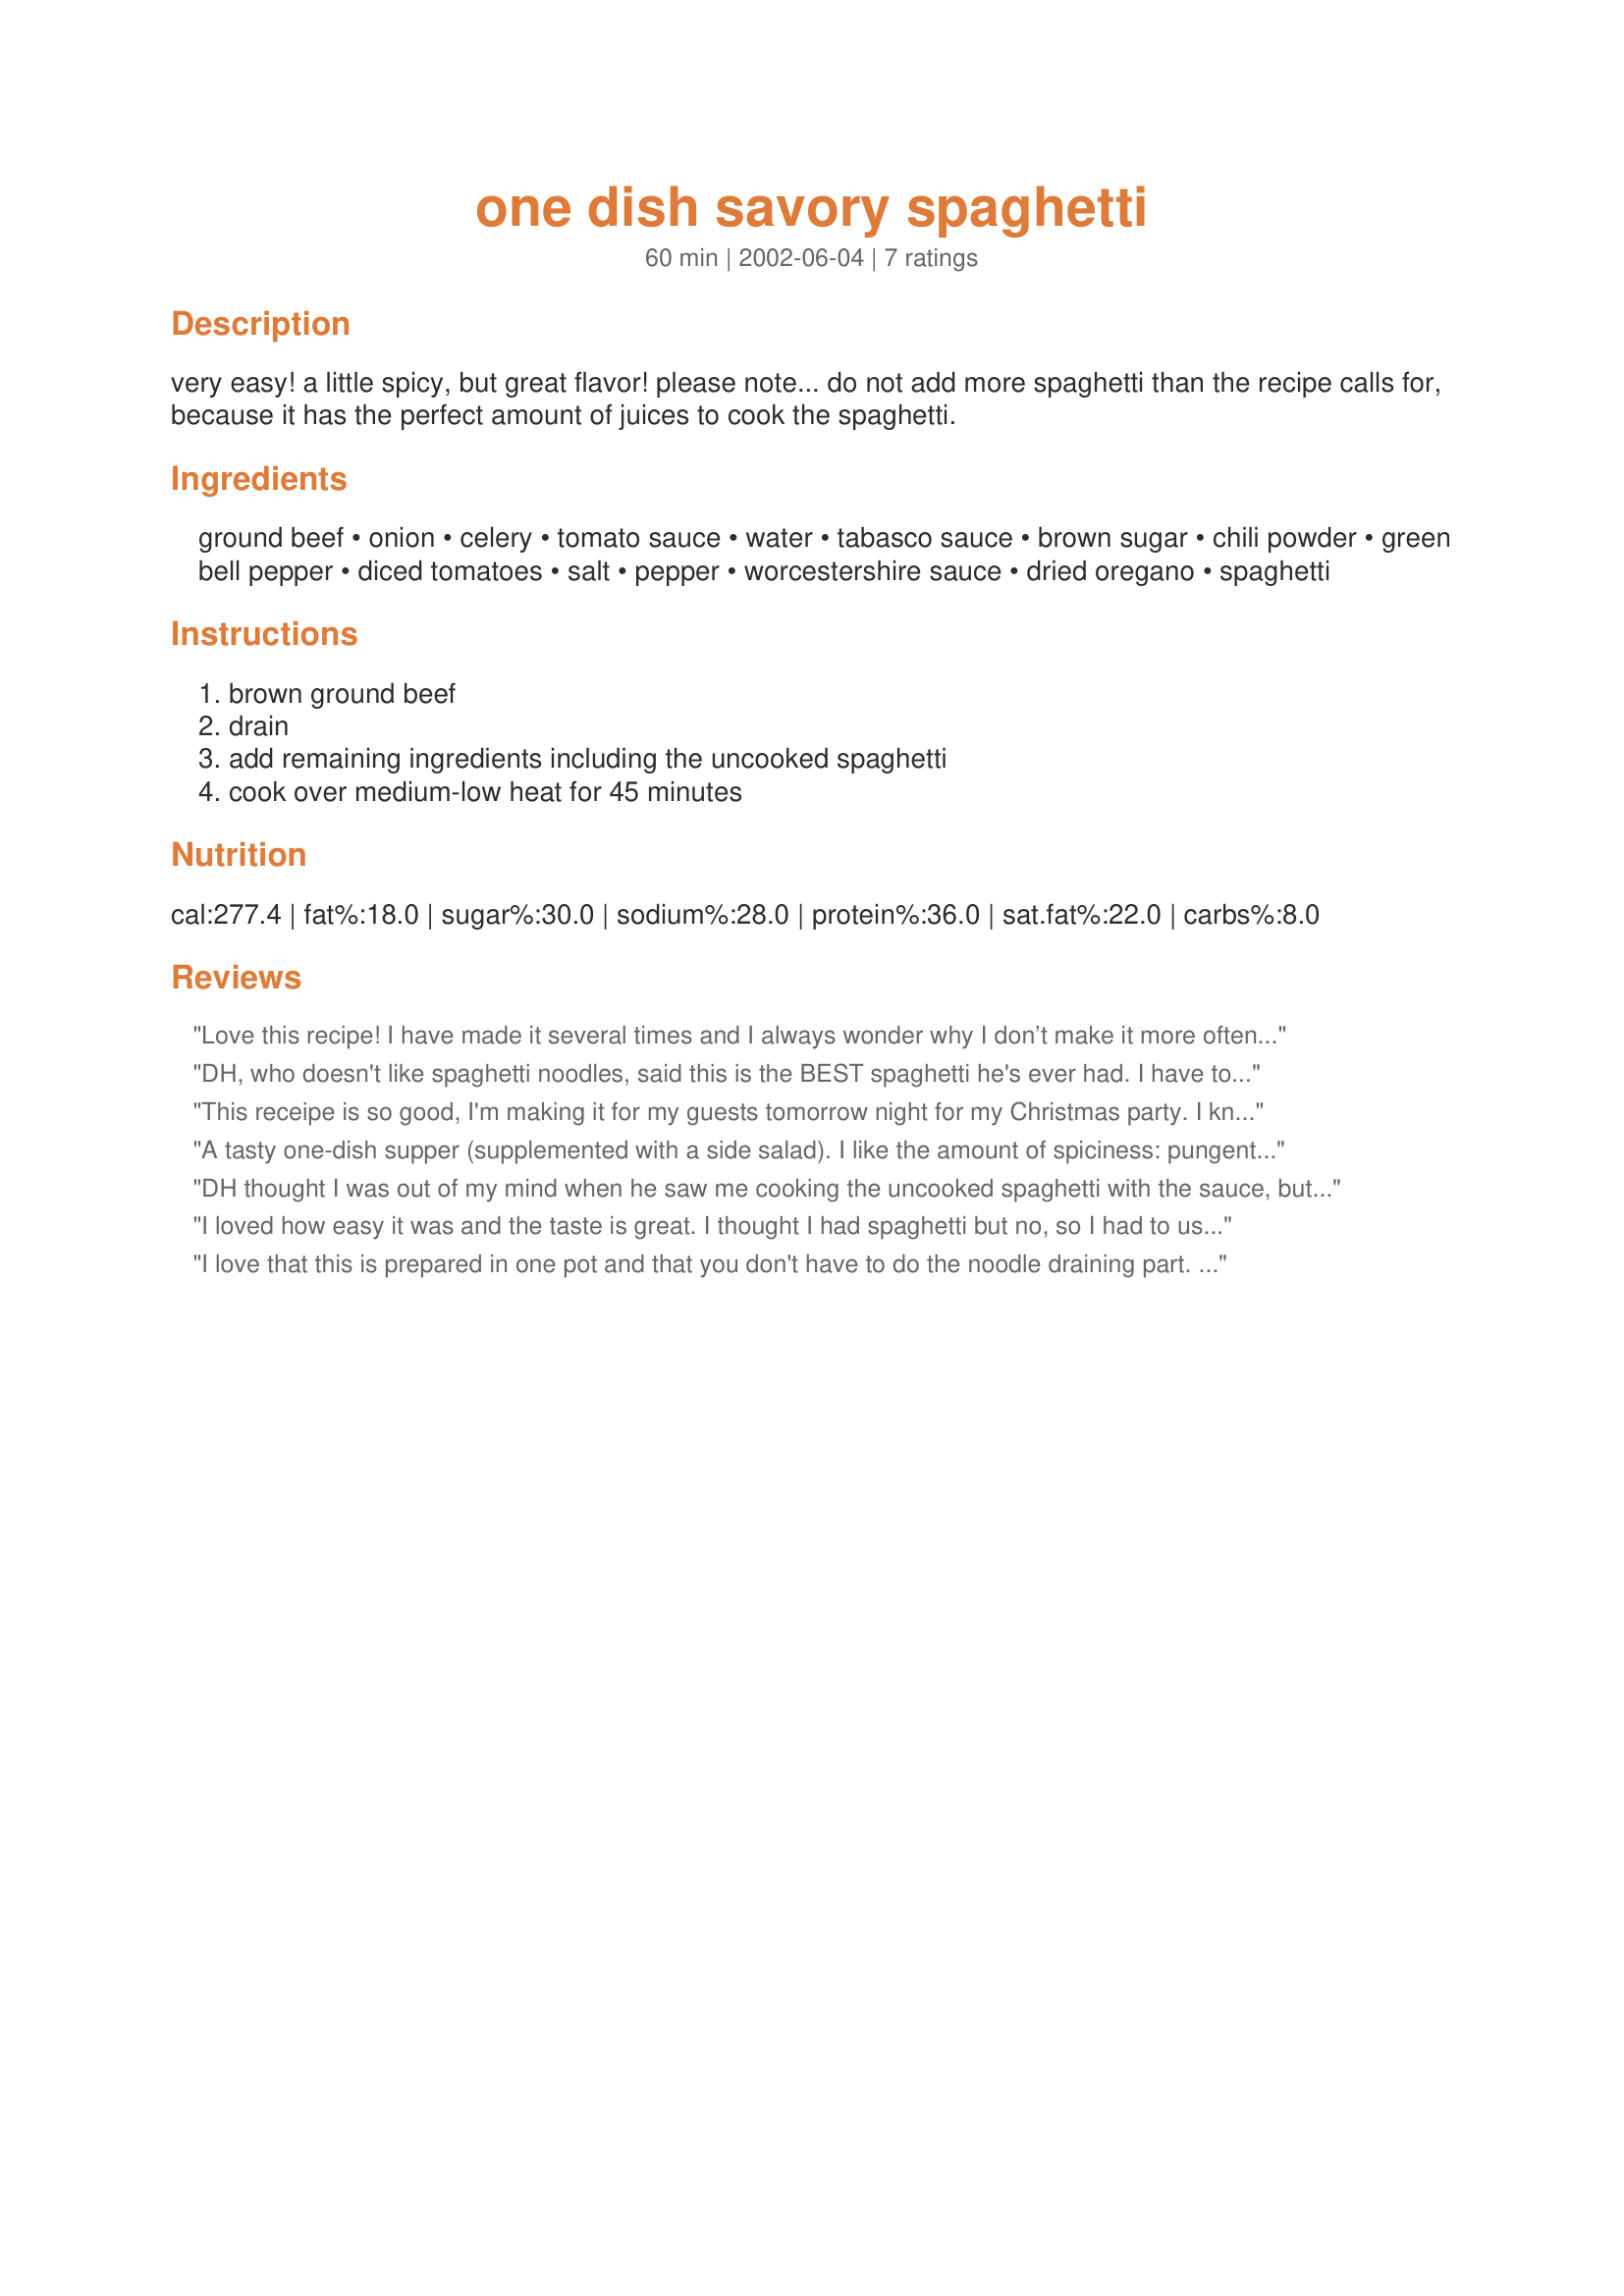
one dish savory spaghetti
Preparation time: 60 minutes

very easy! a little spicy, but great flavor! please note... do not add more spaghetti than the recipe calls for, because it has the perfect amount of juices to cook the spaghetti.

Ingredients:
ground beef, onion, celery, tomato sauce, water, tabasco sauce, brown sugar, chili powder, green bell pepper, diced tomatoes, salt, pepper, worcestershire sauce, dried oregano, spaghetti

Steps:
brown ground beef, drain, add remaining ingredients including the uncooked spaghetti, cook over medium-low heat for 45 minutes

Reviews:
Love this recipe! I have made it several times and I always wonder why I don’t make it more often. I make it as written and I am never disappointed. Great for leftovers also.
DH, who doesn't like spaghetti noodles, said this is the BEST spaghetti he's ever had. I have to agree. The flavors blend perfectly well; not too spicy for the toddler but enough to keep the rest of us satisfied. Beyond how flavorful this was, it was super easy to throw together. I did heed the warning about not adding more noodles than the 4 ozs. I normally would just dump some in, but one time for some reason I counted & weighed 1 oz & found it to be exactly 25 uncooked noodles. So I counted out 100 spaghetti noodles for this recipe & it was perfect. There was enough liquid leftover to keep everything from drying out, but the noodles were cooked nicely. I didn't notice a starchy texture but I think I would have if I'd been left to my usual method of "measuring" pasta. ;) Thanks so much for sharing this recipe, Kim! I'll be keeping it very handy. Made & enjoyed for the Photo Forum's November Casseroles tag event. :)
This receipe is so good, I'm making it for my guests tomorrow night for my Christmas party. I know it will be a big hit. My husband, not a big spaghetti fan, couldn't stop eating it. I used a little less tobasco sauce for the faint of heart and it still had a nice zing without being too hot. I also used diced tomatoes with onion and peppers already blended in (in addition to what the recipe calls for) and it was GREAT. Thanks so much.
A tasty one-dish supper (supplemented with a side salad). I like the amount of spiciness: pungent but not really hot. Cooking the spaghetti in the sauce worked pretty well, though I did find it a bit sticky, I guess because of the starch which would be drained out with the water in normally cooked pasta(?). I must say if you are using truly using this as a one-dish meal, getting 6 servings out of it would be rather sparse. I'd say more like 4.
DH thought I was out of my mind when he saw me cooking the uncooked spaghetti with the sauce, but it turned out well. The sauce is kinda gooey. I think that's probably because I didn't put the lid on until the last 20 minutes. The thing I like about this recipe is that the tomato flavour is really cooked "into" the noodle. I will give this another try next time.
Thank you for sharing this!
I loved how easy it was and the taste is great. I thought I had spaghetti but no, so I had to used spaghettini. I cooked everything but the spaghettini for 25 minutes. And for th last 20 minutes I added the spaghettini. I used lean ground beef. Thanks Kim :) Made for Healthy Tag game
I love that this is prepared in one pot and that you don't have to do the noodle draining part. Also really liked the taste of the sauce---we were tired of our old recipe. It was even better as leftovers a couple of nights later. Thanks for posting; we will definitely be having this again.
